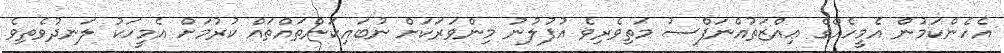
އެހެންކަމުން އެމީހެއްގެ ޢިއްޒަތުއްނަފްސު މަތިވެރިވެ އުފުލުނު މިންވަރަކަށް ނުބައިކަންތައްތައް ކުރުމަށް އެމީހަކު ލަނދުވެތިވެ